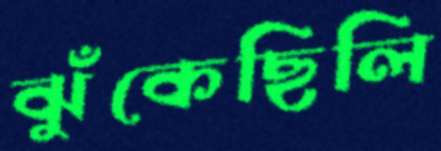
ঝুঁকেছিলি